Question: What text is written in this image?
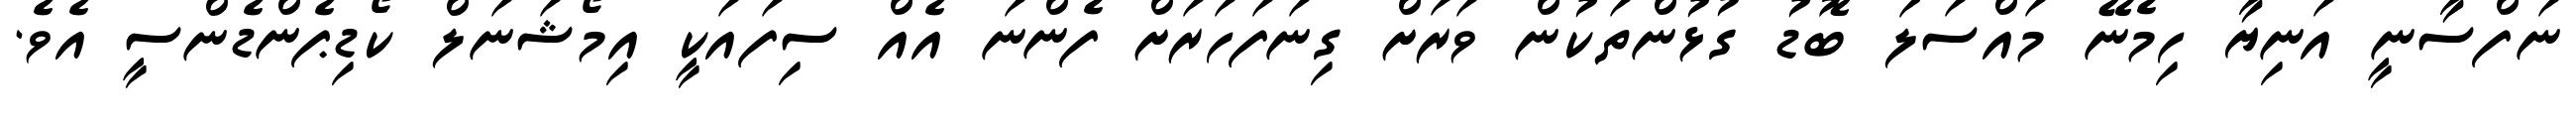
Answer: ނަފްސާނީ އަނިޔާ ހިމެނޭ މައްސަލަ ބޮޑު ގުޅުންތަކުން ވަރަށް ގިނަފަހަރަށް ފެންނަ އެއް ސިފައަކީ އިމޯޝަނަލް ކޯޑިޕެންޑެންސީ އެވެ.